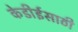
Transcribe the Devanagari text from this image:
केडीईसाठी